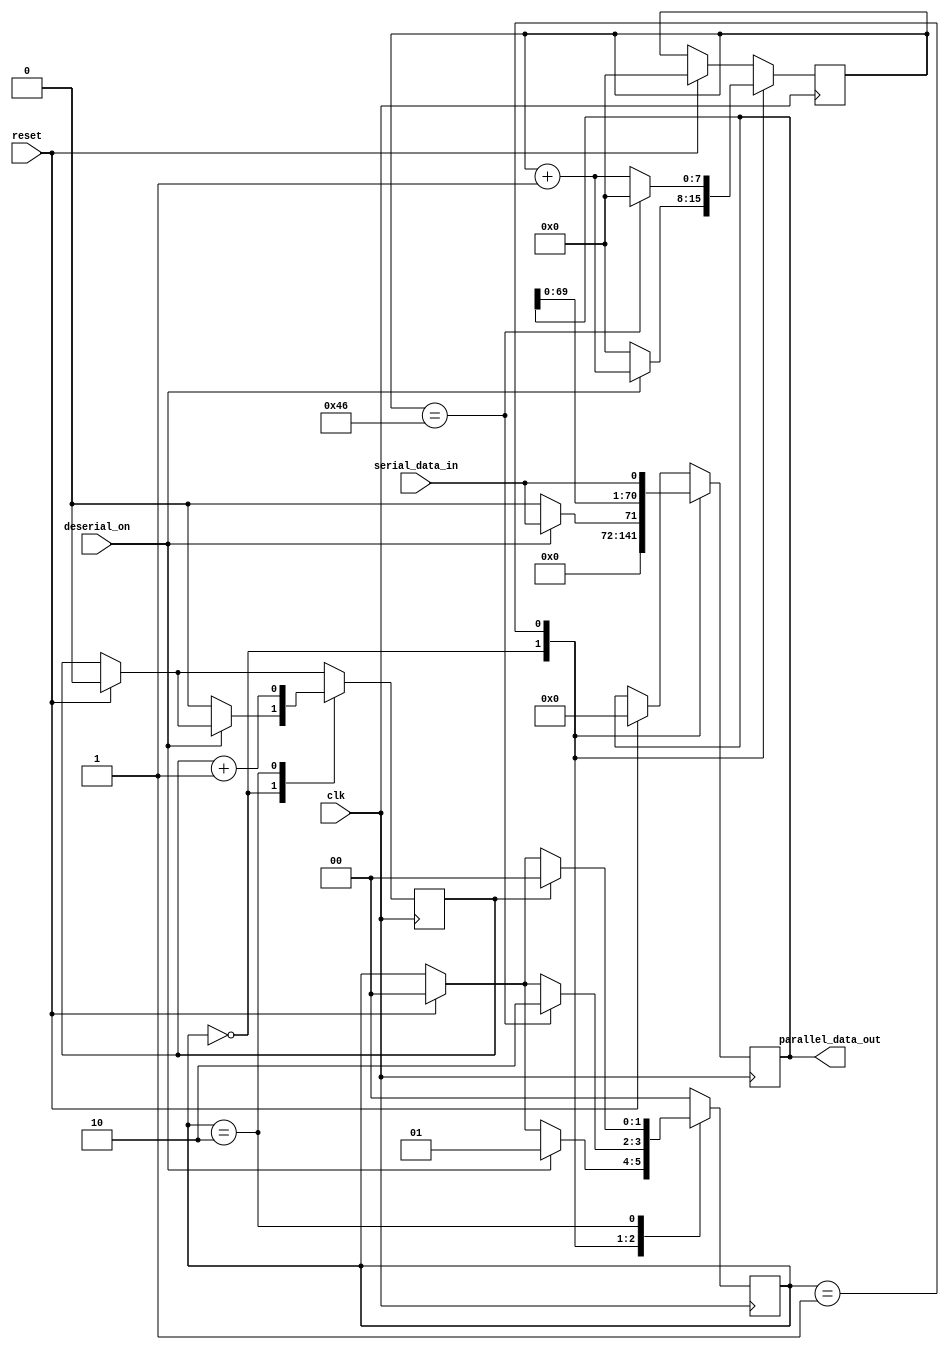
`timescale 1ns / 1ps

module deserial (input clk, input reset, input deserial_on, input serial_data_in, output reg [70:0] parallel_data_out);
	reg [7:0] count;
	reg [1:0] deserial_state;
	reg wait_count;
	
	parameter S_IDLE = 0;
	parameter S_WORKING = 1;
	parameter S_HOLDING = 2;
	
	initial begin
		parallel_data_out <= 0;
		count <= 0;
		deserial_state <= S_IDLE;
		wait_count <= 0;
	end
	
	always @ (posedge clk) begin
		
		if (reset) begin 
			parallel_data_out <= 0;
			count <= 0;
			deserial_state <= S_IDLE;
			wait_count <= 0;
			
		end
		
		case (deserial_state)
		
			S_IDLE: begin
				if (~deserial_on) begin ////////////////////////////
					parallel_data_out <= 0;
					count <= 0;
					wait_count <= 0;
				end
				else if (deserial_on) begin  
					parallel_data_out[70:0] <= {70'b0,serial_data_in};
					count <= count + 1; 
					deserial_state <= S_WORKING;
				end
			end
			
			S_WORKING: begin
				parallel_data_out[70:0] <= {parallel_data_out[69:0],serial_data_in};
				count <= count + 1; 
				if (count == 70) begin //Shifted in all 71 bits. Stop. //BASICALLY THIS SHOULD BE HANDLED IN TRANSMITTER MODULE
					count <= 0;
					deserial_state <= S_HOLDING;
				end 
			end
			
			S_HOLDING: begin
				wait_count <= wait_count + 1;
				if (wait_count == 1) deserial_state <= S_IDLE;
			end
			
			default: deserial_state <= S_IDLE;
		
		endcase
		
	end

endmodule